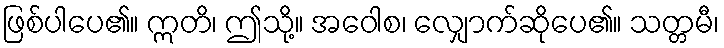
ဖြစ်ပါပေ၏။ ဣတိ၊ ဤသို့။ အဝေါစ၊ လျှောက်ဆိုပေ၏။ သတ္တမီ၊